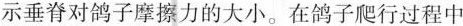
示垂脊对鸽子摩擦力的大小。在鸽子爬行过程中